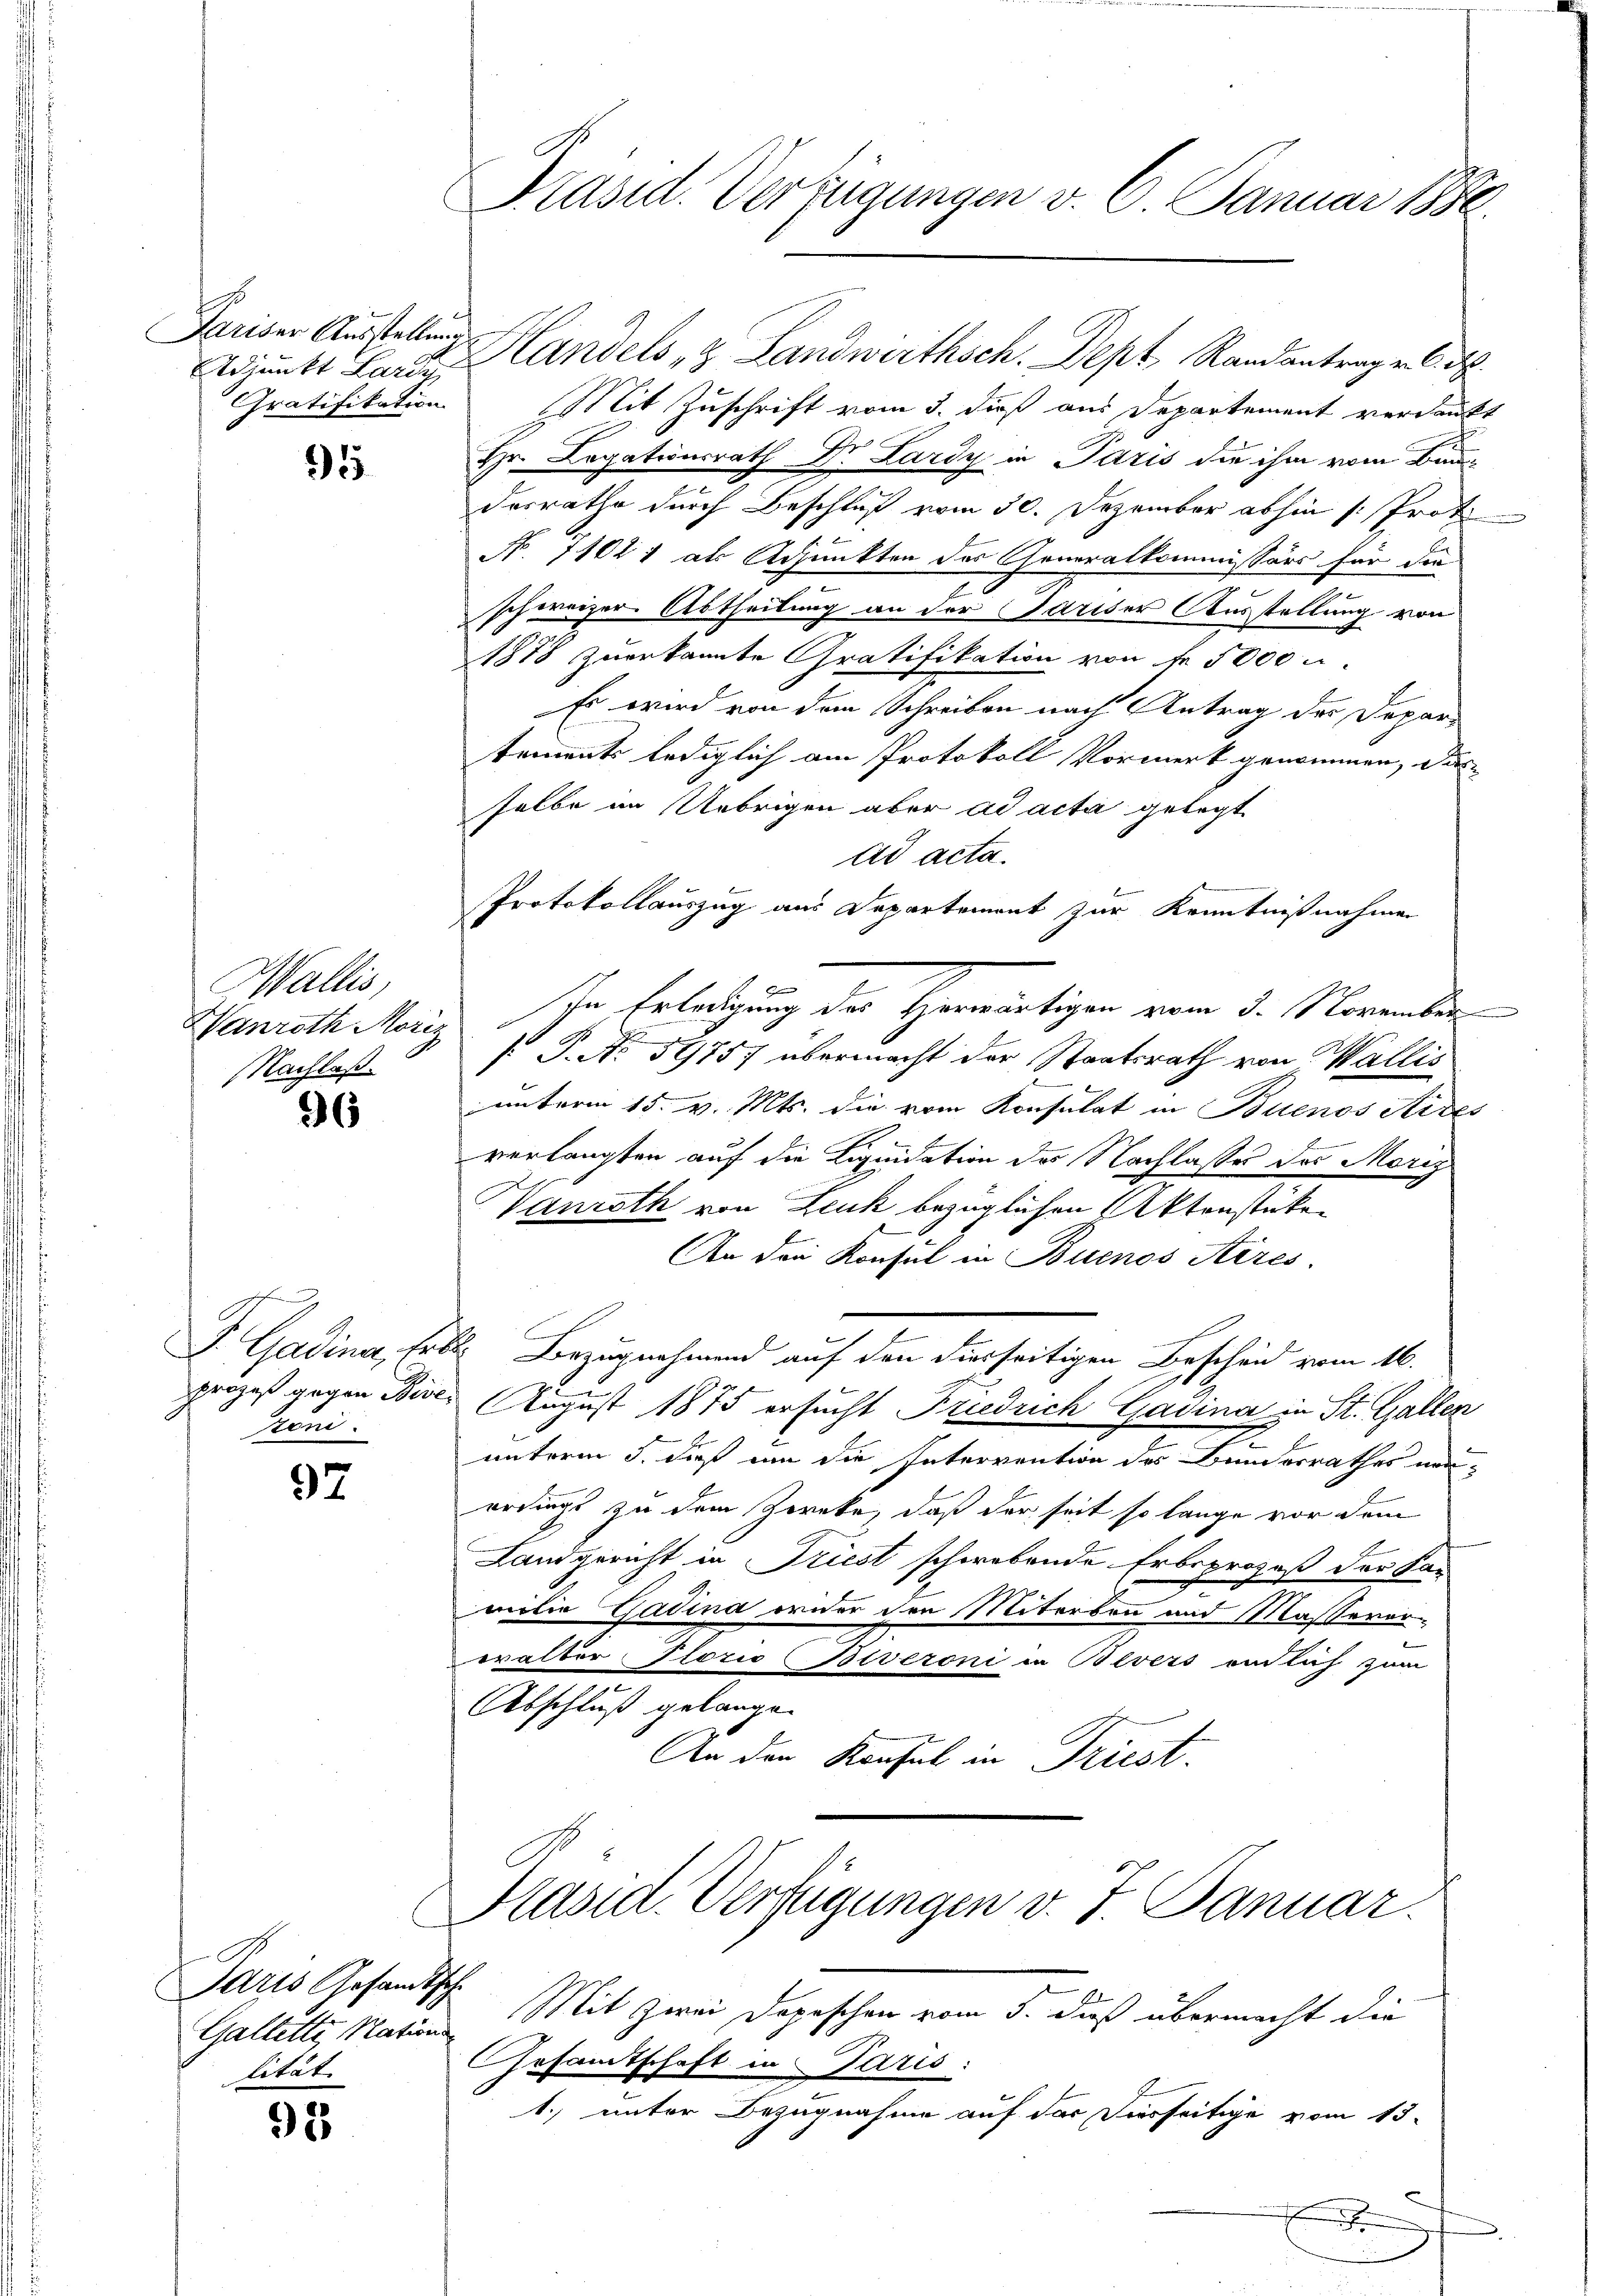
Pariser Ausstellung
Gratifikation

95

Wallis,
Hanroth Moriz
Nachlaß.

96

h
F. Gadina, Er
prozeß gegen Bie
ton.

97

Paris Gesandtsche
Galletti, Nations
lität.

93

Präsid. Verfügungen v. 6. Januar 1880.

Adjunkt Lar Handels & Landwirthsch. Dept Randantrag v. 6. d.
Mit Zuschrift vom 3. dieß aus Departement verdankt
Hr. Legationsrath Dr. Lardy in Paris die ihm vom Bau
desrathe durch Beschluß vom 30. Dezember abhin (Prot
No. 71021 als Adjunkten des Generalkommissärs für die
schweizer Abtheilung an der Pariser Ausstellung von
1878 zuerkannte Gratifikation von fr. 5000 n
Es wird von dem Schreiben nach Antrag der Departements lediglich am Protokoll Vormerk genommen, di
selbe im Uebrigen aber ad acta gelegt
ad acta.
Protokollauszug aus Departement zur Kenntnißnahmen
In Erledigung der Horwärtigen vom 3. November
 P. No. 51757 übermacht der Staatsrath von Wallis
unterm 15. v. Mts. die vom Konsulat in Buenos Aides
verlangten auf die Liquidation der Nachlasses das Morig
Vanroth von Zeuk bezüglichen Aktenstücken
An den Konsul in Buenos Aires
E. Bezugnahmend auf den derseitigen Bescheid vom 16.
 August 1875 ersucht Friedrich Gadina in St. Gallen
unterm 5. dieß um die Intervention des Bundesrathes ver-
erdings zu dem Zweke, daß der seit so lange vor dem
Landgericht in Triest schwebende Erbsprozeß der Ka-
milie Gadina wider den Miterben und Masserer-
eralter Plozio (Biveroni in Bevers einlich zum
.
Abschluß gelangen
An den Konsul in Triest.

Präsid. Verfügungen v. J. Januar.
Mit zwei Depeschen vom 5. dieß übermacht die

GGesamtschaft in Paris:
1. unter Bezugnahme auf das Vierseitige vom 13.
f